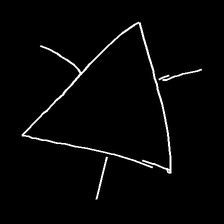
Glyph: fire